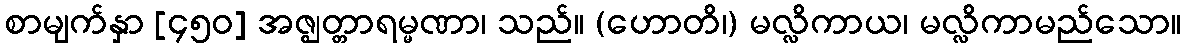
စာမျက်နှာ [၄၅၀] အဇ္ဈတ္တာရမ္မဏာ၊ သည်။ (ဟောတိ၊) မလ္လိကာယ၊ မလ္လိကာမည်သော။